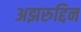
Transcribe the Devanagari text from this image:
अझरुद्दिन